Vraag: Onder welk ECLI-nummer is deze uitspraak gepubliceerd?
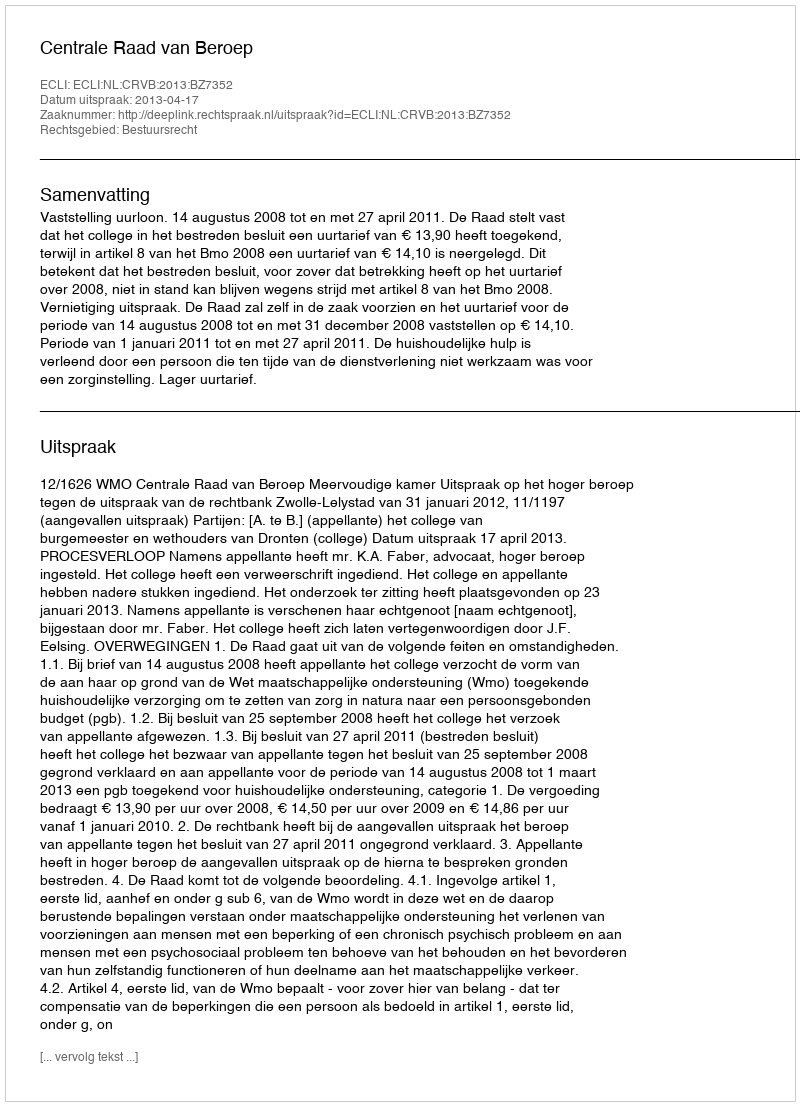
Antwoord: ECLI:NL:CRVB:2013:BZ7352